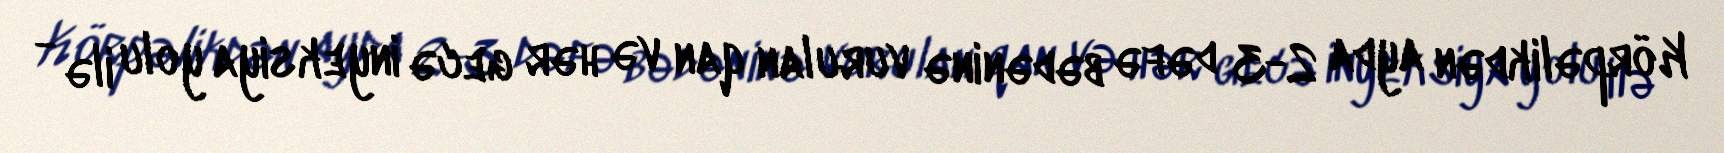
Körpəlikdən ayda 2-3 dəfə bədəninə vurulan qan və hər gecə inyeksiya yolu ilə -